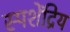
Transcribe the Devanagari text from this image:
स्पशेंद्रिय